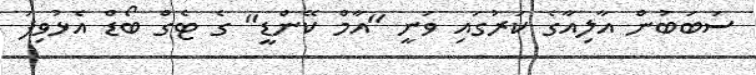
ސަބަަބުން އާލިއާގެ ކަރުގައި ވަނީ "އާމް ކޭންޑީ" ގެ ޓެގް ބޯޑް އެޅުވިފަ